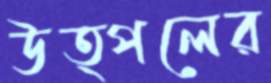
উত্পলের